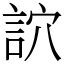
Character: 䛎